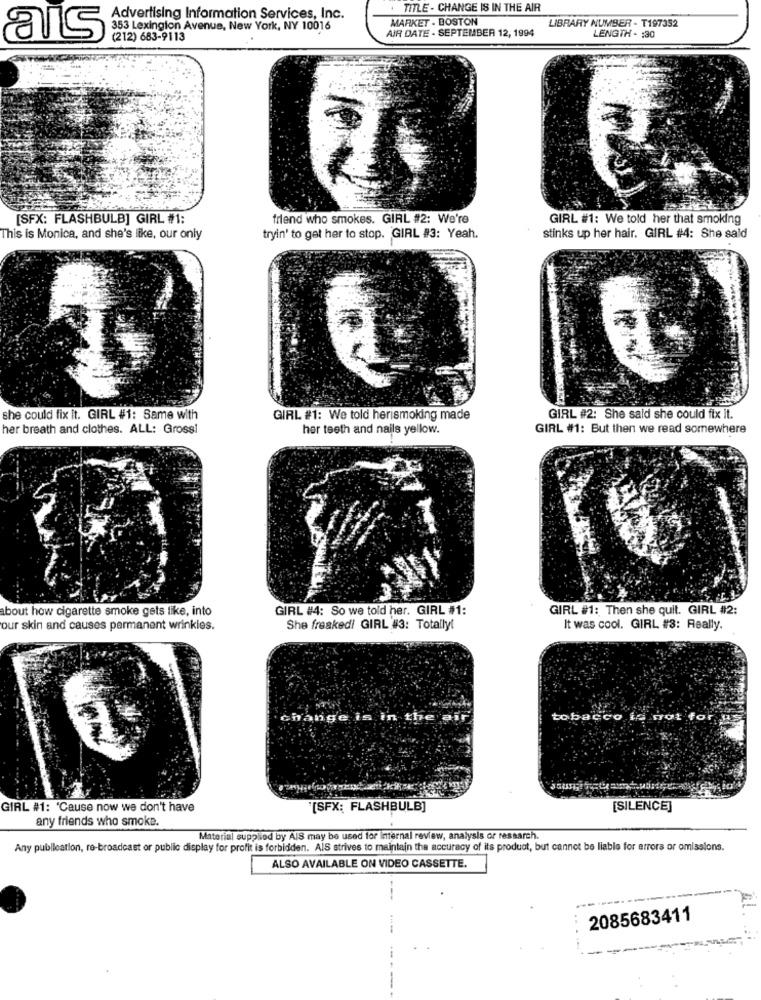
TITLE - CHANGE IS IN THE AIR
Advertising Information Services, Inc.
MARKET . BOSTON
LIBRARY NUMBER - T197352
353 Lexington Avenue, New York, NY 10016
AIR DATE - SEPTEMBER 12, 1994
LENGTH - : 30
als
(212) 683-9113
[SFX: FLASHBULB] GIRL #1:
friend who smokes. GIRL #2: We're
GIRL #1: We told her that smoking
This is Monica, and she's like, our only
tryin' to get her to stop. GIRL #3: Yeah.
stinks up her hair. GIRL #4: She said
she could fix it. GIRL #1: Same with
GIRL #1: We told herismoking made
GIRL #2: She said she could fix it.
her breath and clothes. ALL: Grossi
her teeth and nails yellow.
GIRL #1: But then we read somewhere
bout how cigarette smoke gets like, into
GIRL #4: So we told her. GIRL #1:
GIRL #1: Then she quit. GIRL #2:
our skin and causes permanent wrinkles.
She freaked! GIRL #3: Totallyi
It was cool. GIRL #3: Really.
change is in the al
tobacco is not for
GIRL #1: 'Cause now we don't have
[SFX: FLASHBULB]
[SILENCE]
any friends who smoke.
Material supplied by AIS may be used for Internal review, analysis or ressarch.
Any publication, re-broadcast or public display for profit is forbidden. AIS strives to maintain the accuracy of its product, but cannot be liable for errors or omissions.
ALSO AVAILABLE ON VIDEO CASSETTE.
2085683411